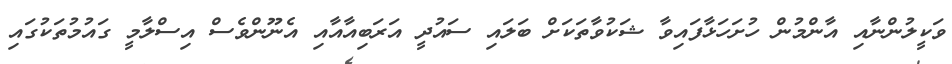
ވަކީލުންނާއި އާންމުން ހުށަހަޅާފައިވާ ޝަކުވާތަކަށް ބަލައި ސައުދީ އަރަބިއާއާއި އެނޫންވެސް އިސްލާމީ ގައުމުތަކުގައި